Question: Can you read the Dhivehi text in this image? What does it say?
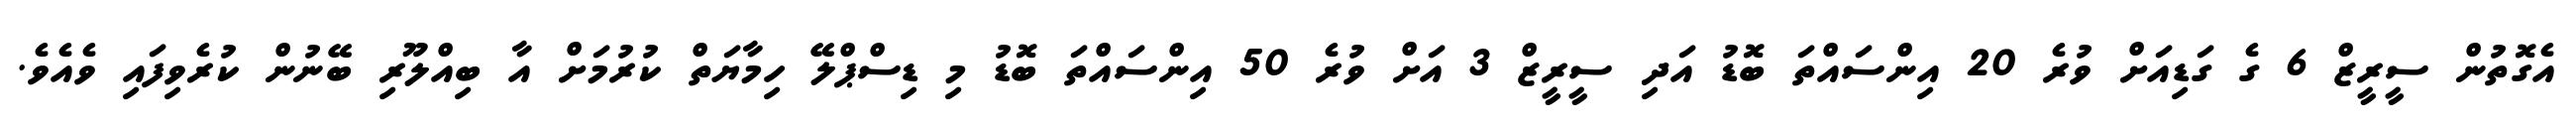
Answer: އެގޮތުން ސީރީޒް 6 ގެ ގަޑިއަށް ވުރެ 20 އިންސައްތަ ބޮޑު އަދި ސީރީޒް 3 އަށް ވުރެ 50 އިންސައްތަ ބޮޑު މި ޑިސްޕްލޭ ހިމާޔަތް ކުރުމަށް އާ ބިއްލޫރި ބޭނުން ކުރެވިފައި ވެއެވެ.